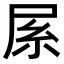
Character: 𡱏